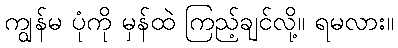
ကျွန်မ ပုံကို မှန်ထဲ ကြည့်ချင်လို့။ ရမလား။